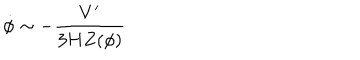
LaTeX: \dot { \phi } \sim - \frac { V ^ { \prime } } { 3 H Z ( \phi ) }